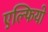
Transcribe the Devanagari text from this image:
एल्फियो